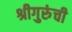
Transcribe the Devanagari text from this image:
श्रीगुरुंंची